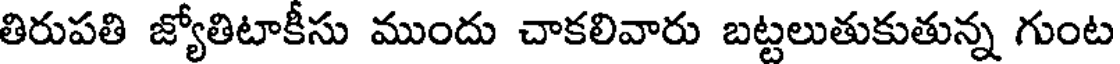
తిరుపతి జ్యోతిటాకీసు ముందు చాకలివారు బట్టలుతుకుతున్న గుంట